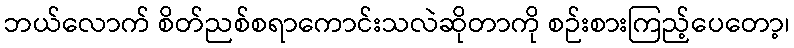
ဘယ်လောက် စိတ်ညစ်စရာကောင်းသလဲဆိုတာကို စဉ်းစားကြည့်ပေတော့၊